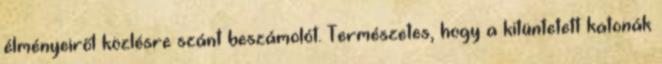
élményeiről közlésre szánt beszámolót. Természetes, hogy a kitüntetett katonák